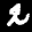
Label: 2